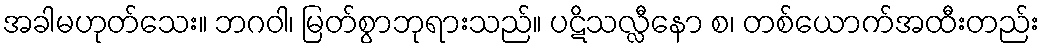
အခါမဟုတ်သေး။ ဘဂဝါ၊ မြတ်စွာဘုရားသည်။ ပဋိသလ္လီနော စ၊ တစ်ယောက်အထီးတည်း